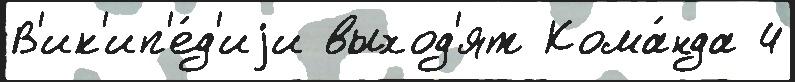
В'ик'ип'е́д'иjи выход'ят Кома́нда 4